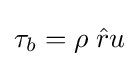
\tau _{b}=\rho \;{\hat {r}}u